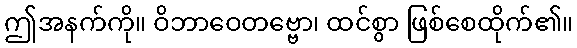
ဤအနက်ကို။ ဝိဘာဝေတဗ္ဗော၊ ထင်စွာ ဖြစ်စေထိုက်၏။